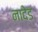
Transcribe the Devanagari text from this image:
नादेड